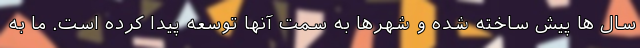
سال ها پیش ساخته شده و شهرها به سمت آنها توسعه پیدا کرده است. ما به